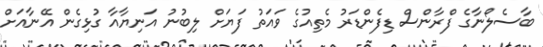
ބާސެލޯނާގެ ފްރާންސް ޑިފެންޑަރު މެތިއުގެ ވައަތު ފަޔަށް ލިބުނު އަނިޔާއާ ގުޅިގެން އޭނާއަށް